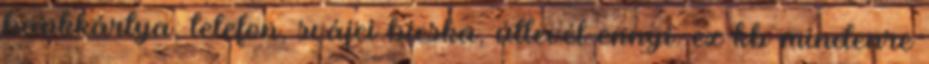
bankkártya, telefon, svájci bicska, útlevél ennyi. ez kb mindenre